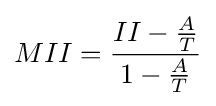
MII={\frac {II-{\frac {A}{T}}}{1-{\frac {A}{T}}}}